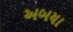
અબયા